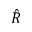
\hat { R }